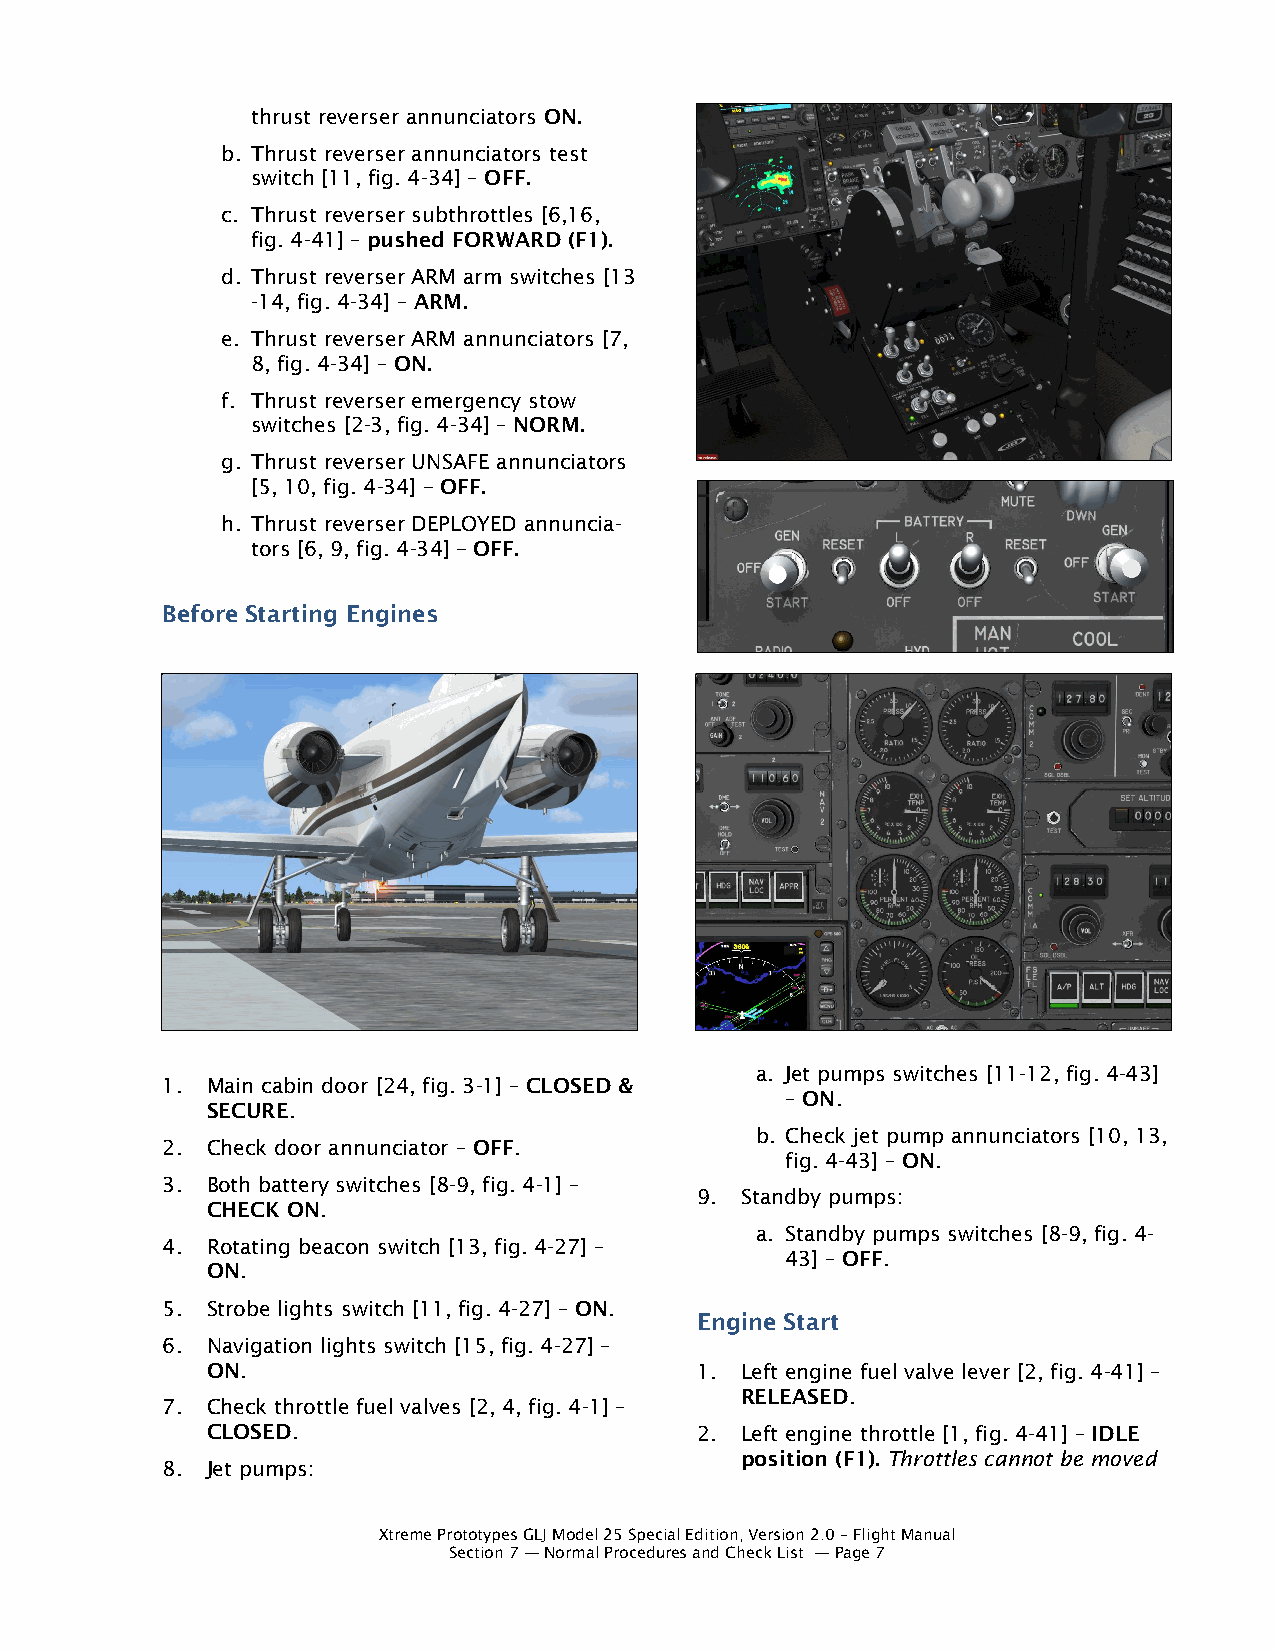
thrust reverser annunciators ON.
 b. Thrust reverser annunciators test
 switch [11, fig. 4-34] – OFF.
 c. Thrust reverser subthrottles [6,16,
 fig. 4-41] – pushed FORWARD (F1).
 d. Thrust reverser ARM arm switches [13
 -14, fig. 4-34] – ARM.
 e. Thrust reverser ARM annunciators [7,
 8, fig. 4-34] – ON.
 f. Thrust reverser emergency stow
 switches [2-3, fig. 4-34] – NORM.
 g. Thrust reverser UNSAFE annunciators
 [5, 10, fig. 4-34] – OFF.
 h. Thrust reverser DEPLOYED annuncia-
 tors [6, 9, fig. 4-34] – OFF.
 Before Starting Engines
 a. Jet pumps switches [11-12, fig. 4-43]
 1. Main cabin door [24, fig. 3-1] – CLOSED &
 – ON.
 SECURE.
 b. Check jet pump annunciators [10, 13,
 2. Check door annunciator – OFF.
 fig. 4-43] – ON.
 3. Both battery switches [8-9, fig. 4-1] –
 9. Standby pumps:
 CHECK ON.
 a. Standby pumps switches [8-9, fig. 4-
 4. Rotating beacon switch [13, fig. 4-27] –
 43] – OFF.
 ON.
 5. Strobe lights switch [11, fig. 4-27] – ON.
 Engine Start
 6. Navigation lights switch [15, fig. 4-27] –
 ON.                             1. Left engine fuel valve lever [2, fig. 4-41] –
 RELEASED.
 7. Check throttle fuel valves [2, 4, fig. 4-1] –
 CLOSED.                         2. Left engine throttle [1, fig. 4-41] – IDLE
 position (F1). Throttles cannot be moved
 8. Jet pumps:
 Xtreme Prototypes GLJ Model 25 Special Edition, Version 2.0 – Flight Manual
 Section 7 — Normal Procedures and Check List — Page 7